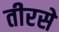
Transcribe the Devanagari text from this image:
तीरसे